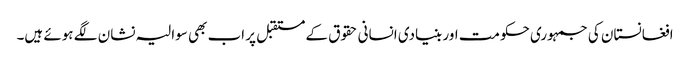
افغانستان کی جمہوری حکومت اور بنیادی انسانی حقوق کے مستقبل پر اب بھی سوالیہ نشان لگے ہوئے ہیں۔